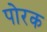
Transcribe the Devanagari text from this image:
पोरक